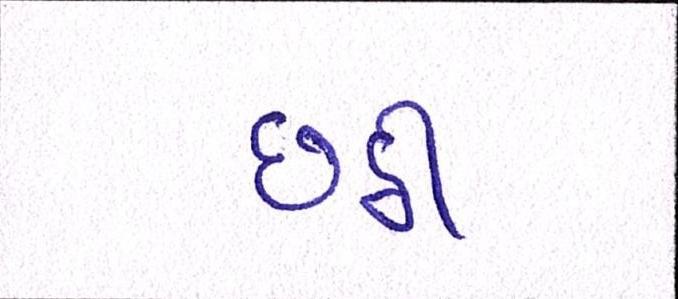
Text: છઠ્ઠી